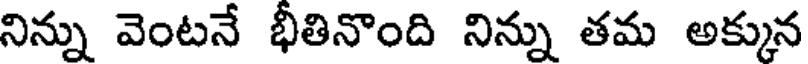
నిన్ను వెంటనే భీతినొంది నిన్ను తమ అక్కున